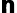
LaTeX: \pmb{\mathsf{n}}